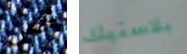
شخص بلاستيك